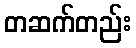
တဆက်တည်း